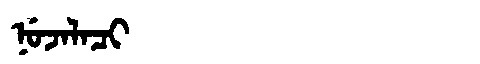
Manchu: ᠨᡠᠵᠠᠯᠠᠴᡳ
Romanization: NUJALACI